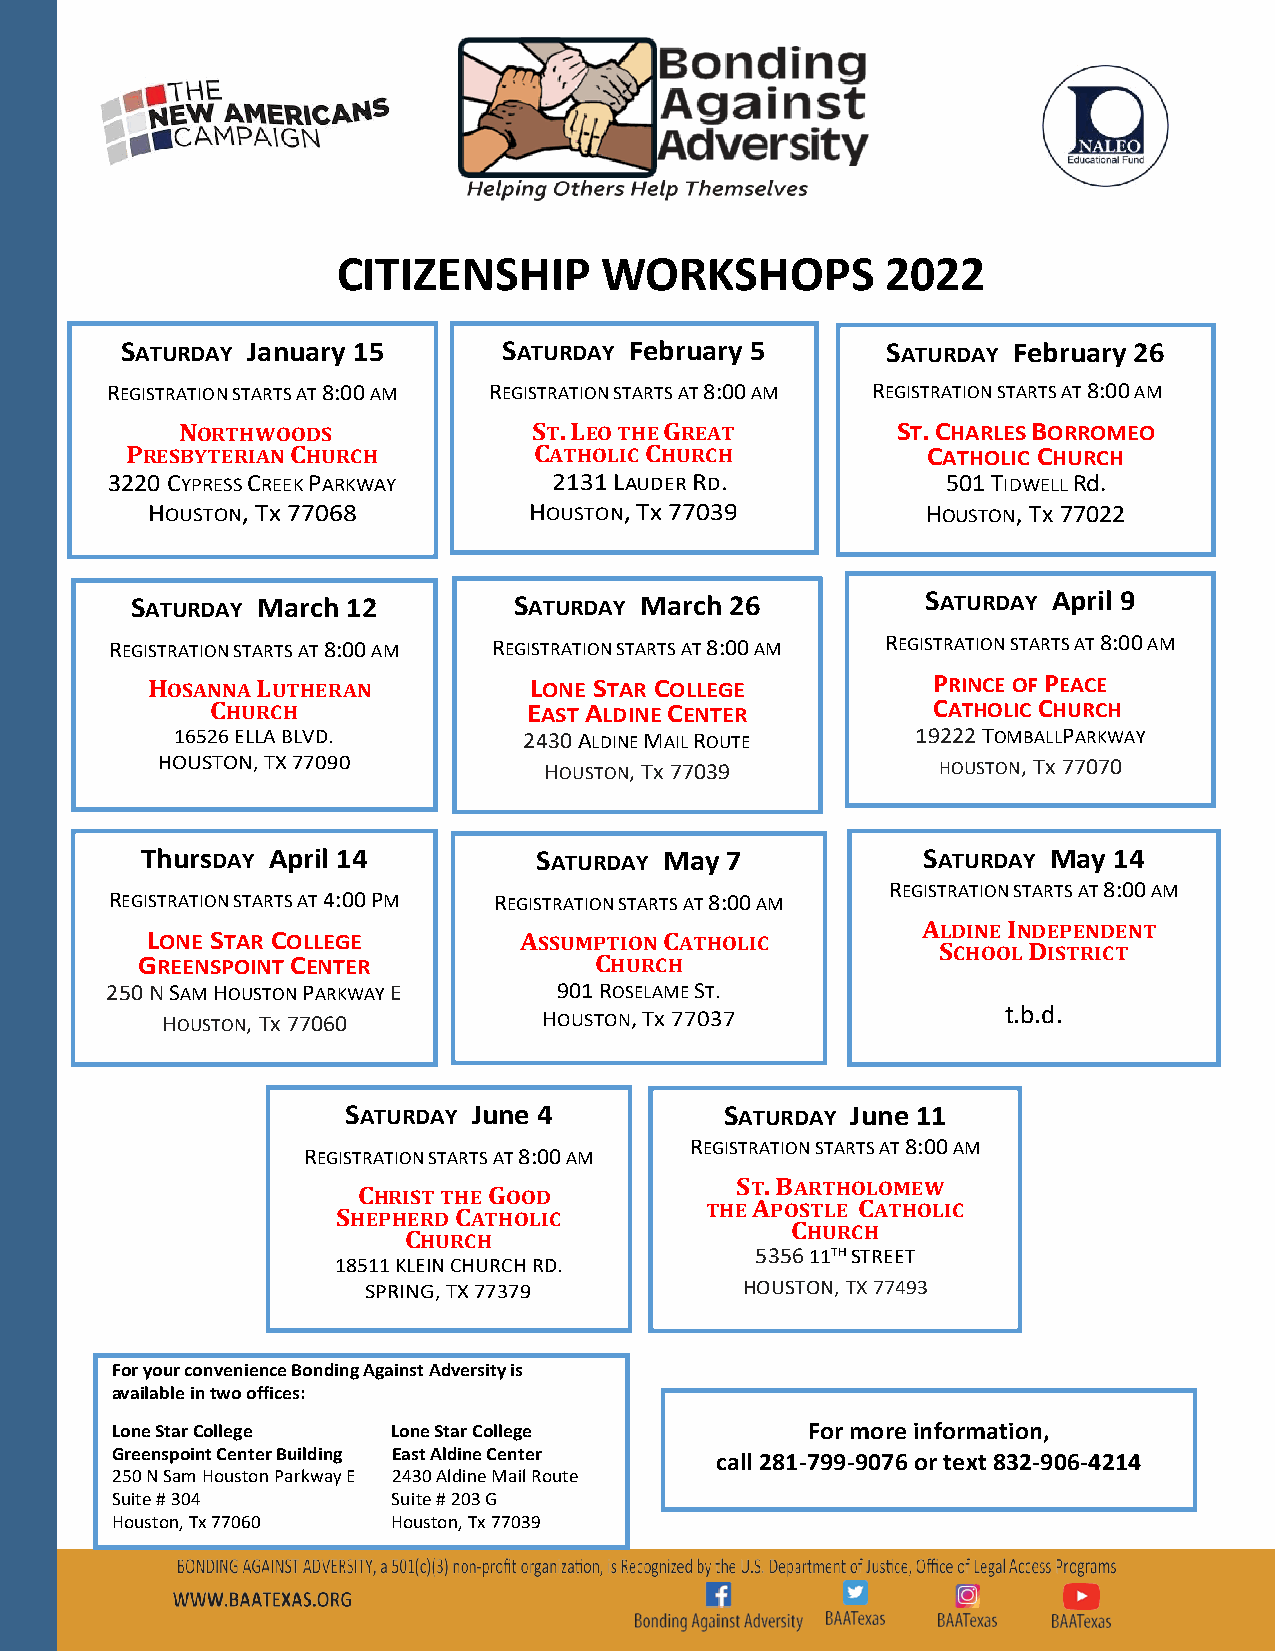
CITIZENSHIP       WORKSHOPS          2022
 SATURDAY January 15      SATURDAY February 5       SATURDAY February 26
 REGISTRATION STARTS AT 8:00 AM REGISTRATION STARTS AT 8:00 AM REGISTRATION STARTS AT 8:00 AM
 NORTHWOODS             ST. LEO THE GREAT       ST. CHARLES BORROMEO
 PRESBYTERIAN CHURCH        CATHOLIC CHURCH           CATHOLIC CHURCH
 3220 CYPRESS CREEK PARKWAY    2131 LAUDER RD.           501 TIDWELL Rd.
 HOUSTON, Tx 77068        HOUSTON, Tx 77039         HOUSTON, Tx 77022
 SATURDAY March 12        SATURDAY March 26          SATURDAY April 9
 REGISTRATION STARTS AT 8:00 AM REGISTRATION STARTS AT 8:00 AM REGISTRATION STARTS AT 8:00 AM
 HOSANNA LUTHERAN         LONE STAR COLLEGE          PRINCE OF PEACE
 CHURCH               EAST ALDINE CENTER         CATHOLIC CHURCH
 16526 ELLA BLVD.       2430 ALDINE MAIL ROUTE    19222 TOMBALLPARKWAY
 HOUSTON, TX 77090         HOUSTON, Tx 77039         HOUSTON, Tx 77070
 ThursDAY April 14          SATURDAY May 7           SATURDAY May 14
 REGISTRATION STARTS AT 8:00 AM
 REGISTRATION STARTS AT 4:00 PM REGISTRATION STARTS AT 8:00 AM
 ALDINE INDEPENDENT
 LONE STAR COLLEGE       ASSUMPTION CATHOLIC
 SCHOOL DISTRICT
 GREENSPOINT CENTER            CHURCH
 250 N SAM HOUSTON PARKWAY E   901 ROSELAME ST.
 HOUSTON, Tx 77060        HOUSTON, Tx 77037              t.b.d.
 SATURDAY June 4          SATURDAY June 11
 REGISTRATION STARTS AT 8:00 AM
 REGISTRATION STARTS AT 8:00 AM
 CHRIST THE GOOD
 ST. BARTHOLOMEW
 SHEPHERD CATHOLIC        THE APOSTLE CATHOLIC
 CHURCH
 CHURCH
 18511 KLEIN CHURCH RD.
 5356 11TH STREET
 SPRING, TX 77379         HOUSTON, TX 77493
 For your convenience Bonding Against Adversity is
 available in two offices:
 Lone Star College  Lone Star College          For more information,
 Greenspoint Center Building East Aldine Center call 281-799-9076 or text 832-906-4214
 250 N Sam Houston Parkway E 2430 Aldine Mail Route
 Suite # 304        Suite # 203 G
 Houston, Tx 77060  Houston, Tx 77039
 F